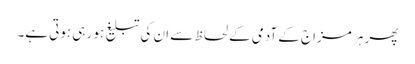
پھر ہر مزاج کے آدمی کے لحاظ سے ان کی تبلیغ ہو رہی ہوتی ہے۔